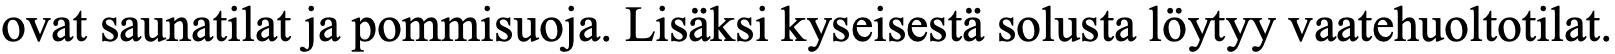
ovat saunatilat ja pommisuoja. Lisäksi kyseisestä solusta löytyy vaatehuoltotilat.